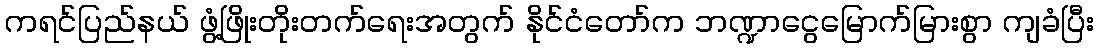
ကရင်ပြည်နယ် ဖွံ့ဖြိုးတိုးတက်ရေးအတွက် နိုင်ငံတော်က ဘဏ္ဍာငွေမြောက်မြားစွာ ကျခံပြီး